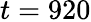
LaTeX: t=920